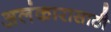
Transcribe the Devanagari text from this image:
अलंकारासाठी